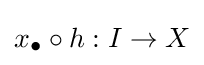
x_{\bullet }\circ h:I\to X